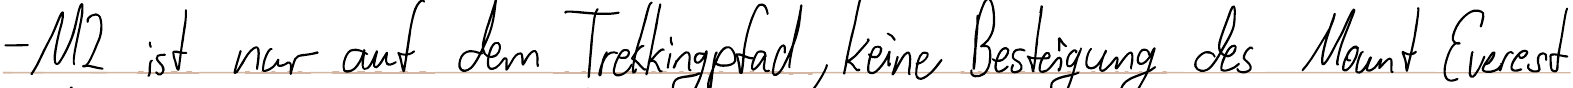
- M2 ist nur auf dem Trekkingpfad, keine Besteigung des Mount Everest